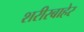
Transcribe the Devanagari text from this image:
शरीरबाहेर